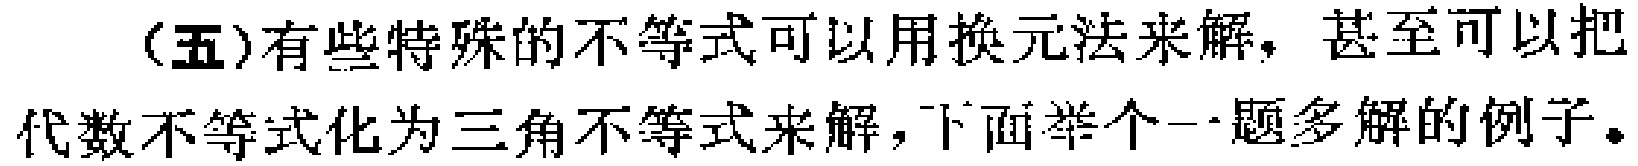
(五)有些特殊的不等式可以用换元法来解，甚至可以把代数不等式化为三角不等式来解，下面举个一题多解的例子。